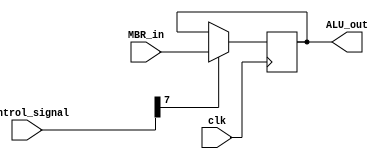
module BR
(
   input clk,
   input [31:0]control_signal,
   input [15:0]MBR_in,
   output [15:0]ALU_out
);

reg [15:0]buffer = 16'b0000_0000_0000_0000;
assign ALU_out = buffer;

always@(posedge clk) begin
    // BR<-MBR
    if(control_signal[7]) begin
        buffer <= MBR_in;
    end

end

endmodule